Punjab Mental Hospital Lahore 1922-31 - 1922-1931
Year: 1922
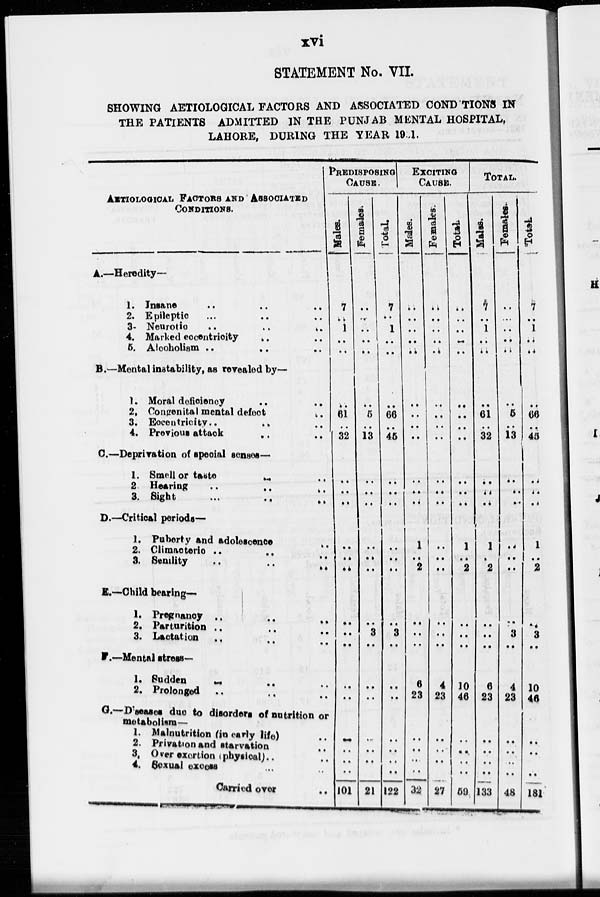
xvi
STATEMENT No. VII.
SHOWING AETIOLOGICAL FACTORS AND ASSOCIATED CONDITIONS IN
THE PATIENTS ADMITTED IN THE PUNJAB MENTAL HOSPITAL,
LAHORE, DURING THE YEAR 1931.
AETIOLOGICAL FACTORS AND ASSOCIATED
CONDITION.
A.—Heredity—
1. Insane .. .. .. ..
2. Epileptic .. .. ..
3. Neurotic
..
..
..
..
4. Marked eccentricity .. .. ..
5. Alcoholism .. .. .. ..
B.—Mental instability, as revealed by—
1. Moral deficiency .. .. ..
2. Congenital mental defect .. ..
3. Eccentricity .. .. .. ..
4. Previous attack .. .. .. ..
C.—Deprivation of special senses—
1. Smell or taste .. .. .. ..
2. Hearing
..
..
..
..
3. Sight .. .. .. ..
D.—Critical periods—
1. Puberty and adolescence .. ..
2. Climacteric .. .. .. ..
3. Senility .. .. .. ..
E.—Child bearing—
1. Pregnancy .. .. .. ..
2. Parturition
..
..
..
..
3. Lactation .. .. .. ..
F.—Mental stress—
1. Sudden .. .. .. ..
2. Prolonged .. .. .. ..
G.—Diseases due to disorders of nutrition or
metabolism—
1. Malnutrition (in early life) .. ..
2. Privation and starvation .. ..
3. Over exertion (physical) .. ..
4. Sexual excess .. .. .. ..
Carried over ..
PREDISPOSING
CAUSE.
Males.
7
..
1
..
..
..
61
..
32
..
..
..
..
..
..
..
..
..
..
..
..
..
..
..
101
Females.
..
..
..
..
..
..
5
..
13
..
..
..
..
..
..
..
..
3
..
..
..
..
..
..
21
Total.
7
..
1
..
..
..
66
..
45
..
..
..
..
..
..
..
..
3
..
..
..
..
..
..
122
EXCITING
CAUSE.
Males.
..
..
..
..
..
Females.
..
..
..
..
..
..
..
..
..
..
..
..
1
1
2
..
..
..
6
23
..
..
..
..
32
..
..
..
..
..
..
..
..
..
..
..
..
..
4
23
..
..
..
..
27
Total.
..
..
..
..
..
..
..
..
..
..
..
..
1
1
2
..
..
..
10
46
....
..
..
..
59
TOTAL.
Males.
7
..
1
..
..
..
61
..
32
..
..
..
1
1
2
..
..
..
6
23
..
..
..
..
133
Females.
..
..
..
..
..
..
5
..
13
..
..
..
..
..
..
..
..
3
4
23
..
..
..
..
48
Total.
7
..
1
..
..
..
66
..
45
..
..
..
1
1
2
..
..
3
10
46
..
..
..
..
181